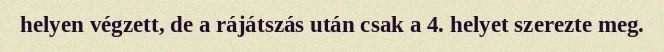
helyen végzett, de a rájátszás után csak a 4. helyet szerezte meg.